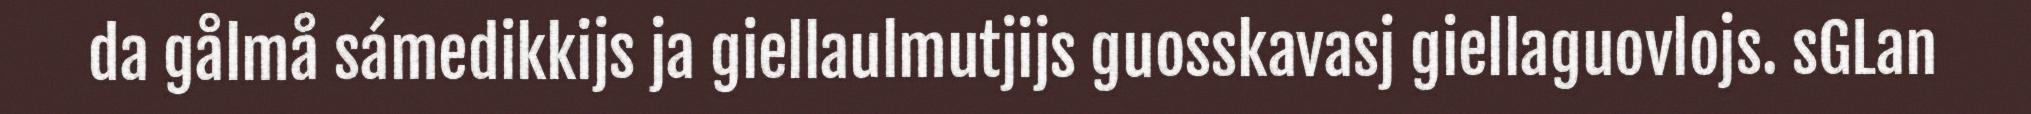
da gålmå sámedikkijs ja giellaulmutjijs guosskavasj giellaguovlojs. sGLan